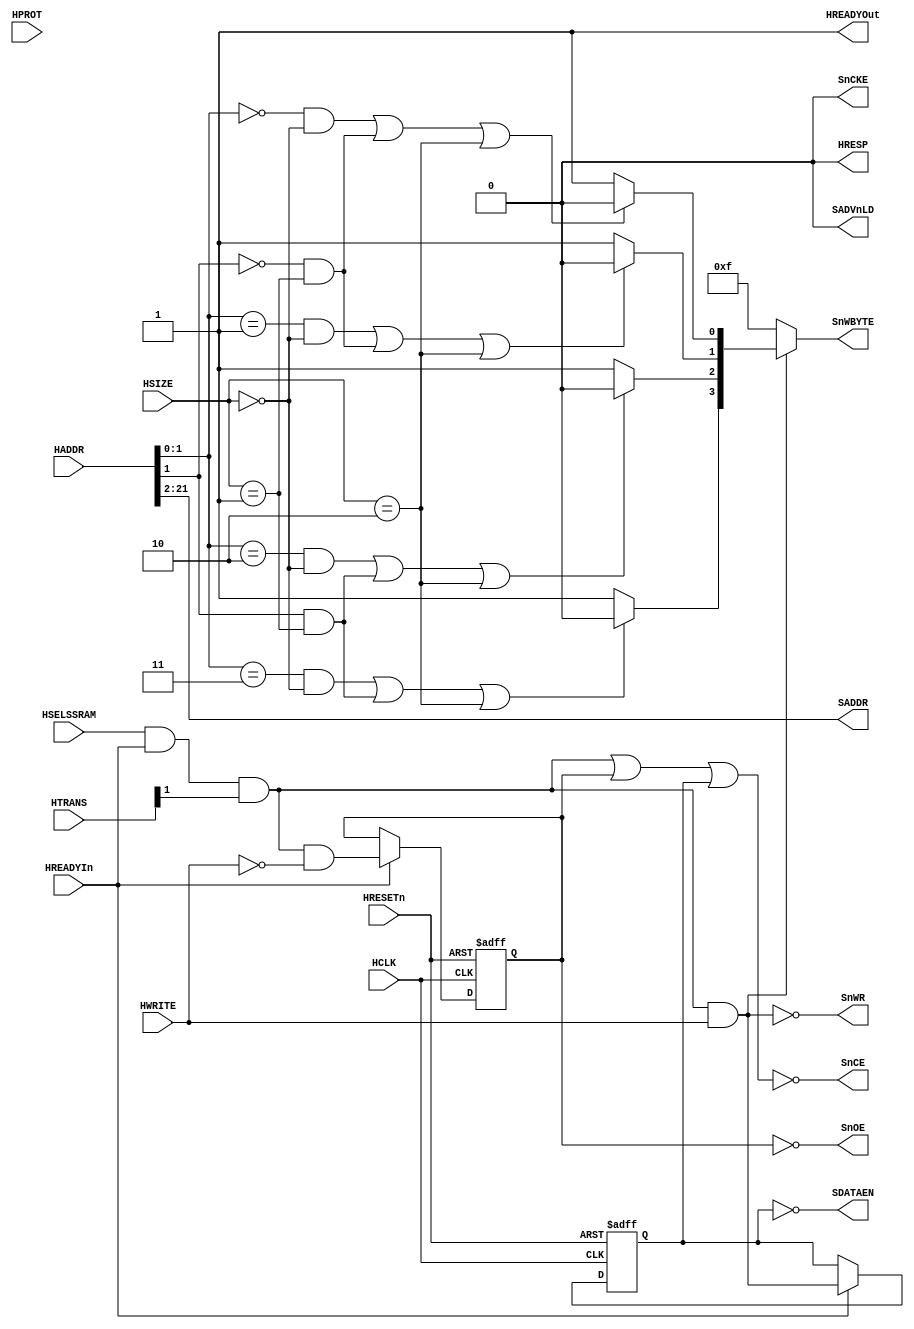
//-----------------------------------------------------------------------------
// The confidential and proprietary information contained in this file may
// only be used by a person authorised under and to the extent permitted
// by a subsisting licensing agreement from ARM Limited.
//
//            (C) COPYRIGHT 2013 ARM Limited.
//                ALL RIGHTS RESERVED
//
// This entire notice must be reproduced on all copies of this file
// and copies of this file may only be made by a person if such person is
// permitted to do so under the terms of a subsisting license agreement
// from ARM Limited.
//
//      SVN Information
//
//      Checked In          : $Date: 2017-07-25 15:10:13 +0100 (Tue, 25 Jul 2017) $
//
//      Revision            : $Revision: 368444 $
//
//      Release Information : Cortex-M0 DesignStart-r2p0-00rel0
//
//-----------------------------------------------------------------------------
//-----------------------------------------------------------------------------
// Abstract : AHB ZBT SRAM controller
//-----------------------------------------------------------------------------

`timescale 1ns/1ps

// -----------------------------------------------------------------------------

module ahb_zbtram_32 (
  // Inputs
  HCLK, HRESETn, HSELSSRAM, HREADYIn, HTRANS, HPROT, HSIZE, HWRITE, HADDR,

  // Outputs
  HREADYOut, HRESP, SADDR, SDATAEN, SnWBYTE, SnOE, SnCE, SADVnLD, SnWR, SnCKE
);

parameter AW = 22; // 22 is 4MB

// Inputs
input         HCLK;      // system bus clock
input         HRESETn;   // reset input (active low)
input         HSELSSRAM; // AHB peripheral select
input         HREADYIn;  // AHB ready input
input   [1:0] HTRANS;    // AHB transfer type
input   [3:0] HPROT;     // AHB hprot
input   [1:0] HSIZE;     // AHB hsize
input         HWRITE;    // AHB hwrite
input  [31:0] HADDR;     // AHB address bus

// Outputs
output        HREADYOut; // AHB ready output to S->M mux
output        HRESP;     // AHB response

output [AW-3:0] SADDR;     // SSRAM Address
output        SDATAEN;   // SSRAM tristate enable
output  [3:0] SnWBYTE;   // SSRAM byte lane writes
output        SnOE;      // SSRAM output enable
output        SnCE;      // SSRAM chip enable
output        SADVnLD;   // SSRAM advance / load
output        SnWR;      // SSRAM write
output        SnCKE;     // SSRAM write Clock enable

// Outputs
wire          HREADYOut; // AHB ready output to S->M mux
wire          HRESP;     // AHB response

wire   [AW-3:0] SADDR;     // SSRAM Address
wire          SDATAEN;   // SSRAM tristate enable
wire    [3:0] SnWBYTE;   // SSRAM byte lane writes
wire          SnOE;      // SSRAM output enable
wire          SnCE;      // SSRAM chip enable
wire          SADVnLD;   // SSRAM advance / load
wire          SnWR;      // SSRAM write
wire          SnCKE;     // SSRAM write Clock enable

// -----------------------------------------------------------------------------
//
//                                  AHBZBTRAM
//                                  =========
//
// -----------------------------------------------------------------------------
//
// Overview
// ========
// AHB ZBT SRAM controller
//
// -----------------------------------------------------------------------------

// -----------------------------------------------------------------------------
// Constant declarations
// -----------------------------------------------------------------------------

// HRESP transfer response signal encoding
parameter RSP_OKAY   = 1'b0;
parameter RSP_ERROR  = 1'b1;

// -----------------------------------------------------------------------------
// Wire declarations
// -----------------------------------------------------------------------------

  wire          trans_valid;        // Module is selected with valid transfer
  wire   [3:0]  bytestrobe_c1;
  wire   [3:0]  bytestrobe_c2;

// -----------------------------------------------------------------------------
// Register declarations
// -----------------------------------------------------------------------------

  reg           reg_wr_dataphase;
  reg           reg_rd_dataphase;
// -----------------------------------------------------------------------------
// Function declarations
// -----------------------------------------------------------------------------

// -----------------------------------------------------------------------------
//
// Main body of code
// =================
//
// -----------------------------------------------------------------------------

// -----------------------------------------------------------------------------
// trans_valid transfer detection
// The slave must only respond to a valid transfer, so this must be detected.
// Valid AHB transfers only take place when a non-sequential or sequential
// transfer is shown on HTRANS - an idle or busy transfer should be ignored.
// -----------------------------------------------------------------------------
  assign trans_valid  = HSELSSRAM & HREADYIn & HTRANS[1];

  always @(posedge HCLK or negedge HRESETn)
  begin
  if (~HRESETn)
    reg_wr_dataphase <= 1'b0;
  else if (HREADYIn)
    reg_wr_dataphase <= trans_valid & HWRITE;
  end

  always @(posedge HCLK or negedge HRESETn)
  begin
  if (~HRESETn)
    reg_rd_dataphase <= 1'b0;
  else if (HREADYIn)
    reg_rd_dataphase <= trans_valid & ~HWRITE;
  end

// -----------------------------------------------------------------------------
// ZBT SRAM output drivers
// -----------------------------------------------------------------------------

  // Byte strobes are active low
  assign bytestrobe_c1[0] = ((HADDR[1:0] == 2'b00) && (HSIZE[1:0] == 2'b00) ||
                             (HADDR[1]   == 1'b0 ) && (HSIZE[1:0] == 2'b01) ||
                             (HSIZE[1:0] == 2'b10)) ? 1'b0 : 1'b1;
  assign bytestrobe_c1[1] = ((HADDR[1:0] == 2'b01) && (HSIZE[1:0] == 2'b00) ||
                             (HADDR[1]   == 1'b0 ) && (HSIZE[1:0] == 2'b01) ||
                             (HSIZE[1:0] == 2'b10)) ? 1'b0 : 1'b1;
  assign bytestrobe_c1[2] = ((HADDR[1:0] == 2'b10) && (HSIZE[1:0] == 2'b00) ||
                             (HADDR[1]   == 1'b1 ) && (HSIZE[1:0] == 2'b01) ||
                             (HSIZE[1:0] == 2'b10)) ? 1'b0 : 1'b1;
  assign bytestrobe_c1[3] = ((HADDR[1:0] == 2'b11) && (HSIZE[1:0] == 2'b00) ||
                             (HADDR[1]   == 1'b1 ) && (HSIZE[1:0] == 2'b01) ||
                             (HSIZE[1:0] == 2'b10)) ? 1'b0 : 1'b1;

  assign bytestrobe_c2 = (trans_valid & HWRITE) ? bytestrobe_c1 : 4'b1111;


  // SRAM DATA tristate control passed to top top level (active low)
  assign SDATAEN      = ~reg_wr_dataphase;

  assign SADDR        = HADDR[AW-1:2];

  assign SnWBYTE      = bytestrobe_c2;


  assign SnCE         = ~(trans_valid | reg_rd_dataphase | reg_wr_dataphase);

  assign SnWR         = ~(trans_valid & HWRITE);

  assign SADVnLD      = 1'b0;

  assign SnCKE        = 1'b0;

  assign SnOE         = ~reg_rd_dataphase;

// -----------------------------------------------------------------------------
// AHB output drivers
// -----------------------------------------------------------------------------
  assign HRESP        = RSP_OKAY;
  assign HREADYOut    = 1'b1;

endmodule

// --================================== End ==================================--